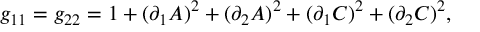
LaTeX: g _ { 1 1 } = g _ { 2 2 } = 1 + ( \partial _ { 1 } A ) ^ { 2 } + ( \partial _ { 2 } A ) ^ { 2 } + ( \partial _ { 1 } C ) ^ { 2 } + ( \partial _ { 2 } C ) ^ { 2 } ,